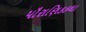
પૌરાણિકકથા